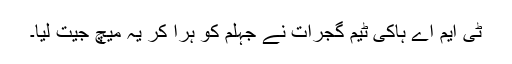
ٹی ایم اے ہاکی ٹیم گجرات نے جہلم کو ہرا کر یہ میچ جیت لیا۔